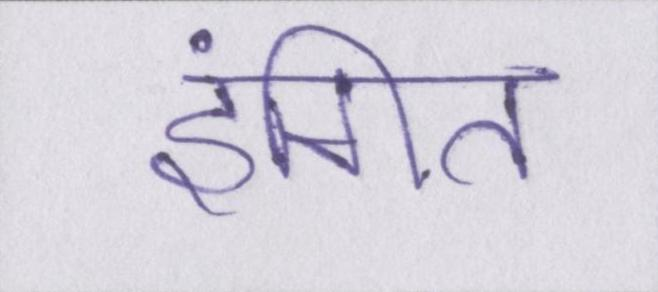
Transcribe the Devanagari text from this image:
इंगित